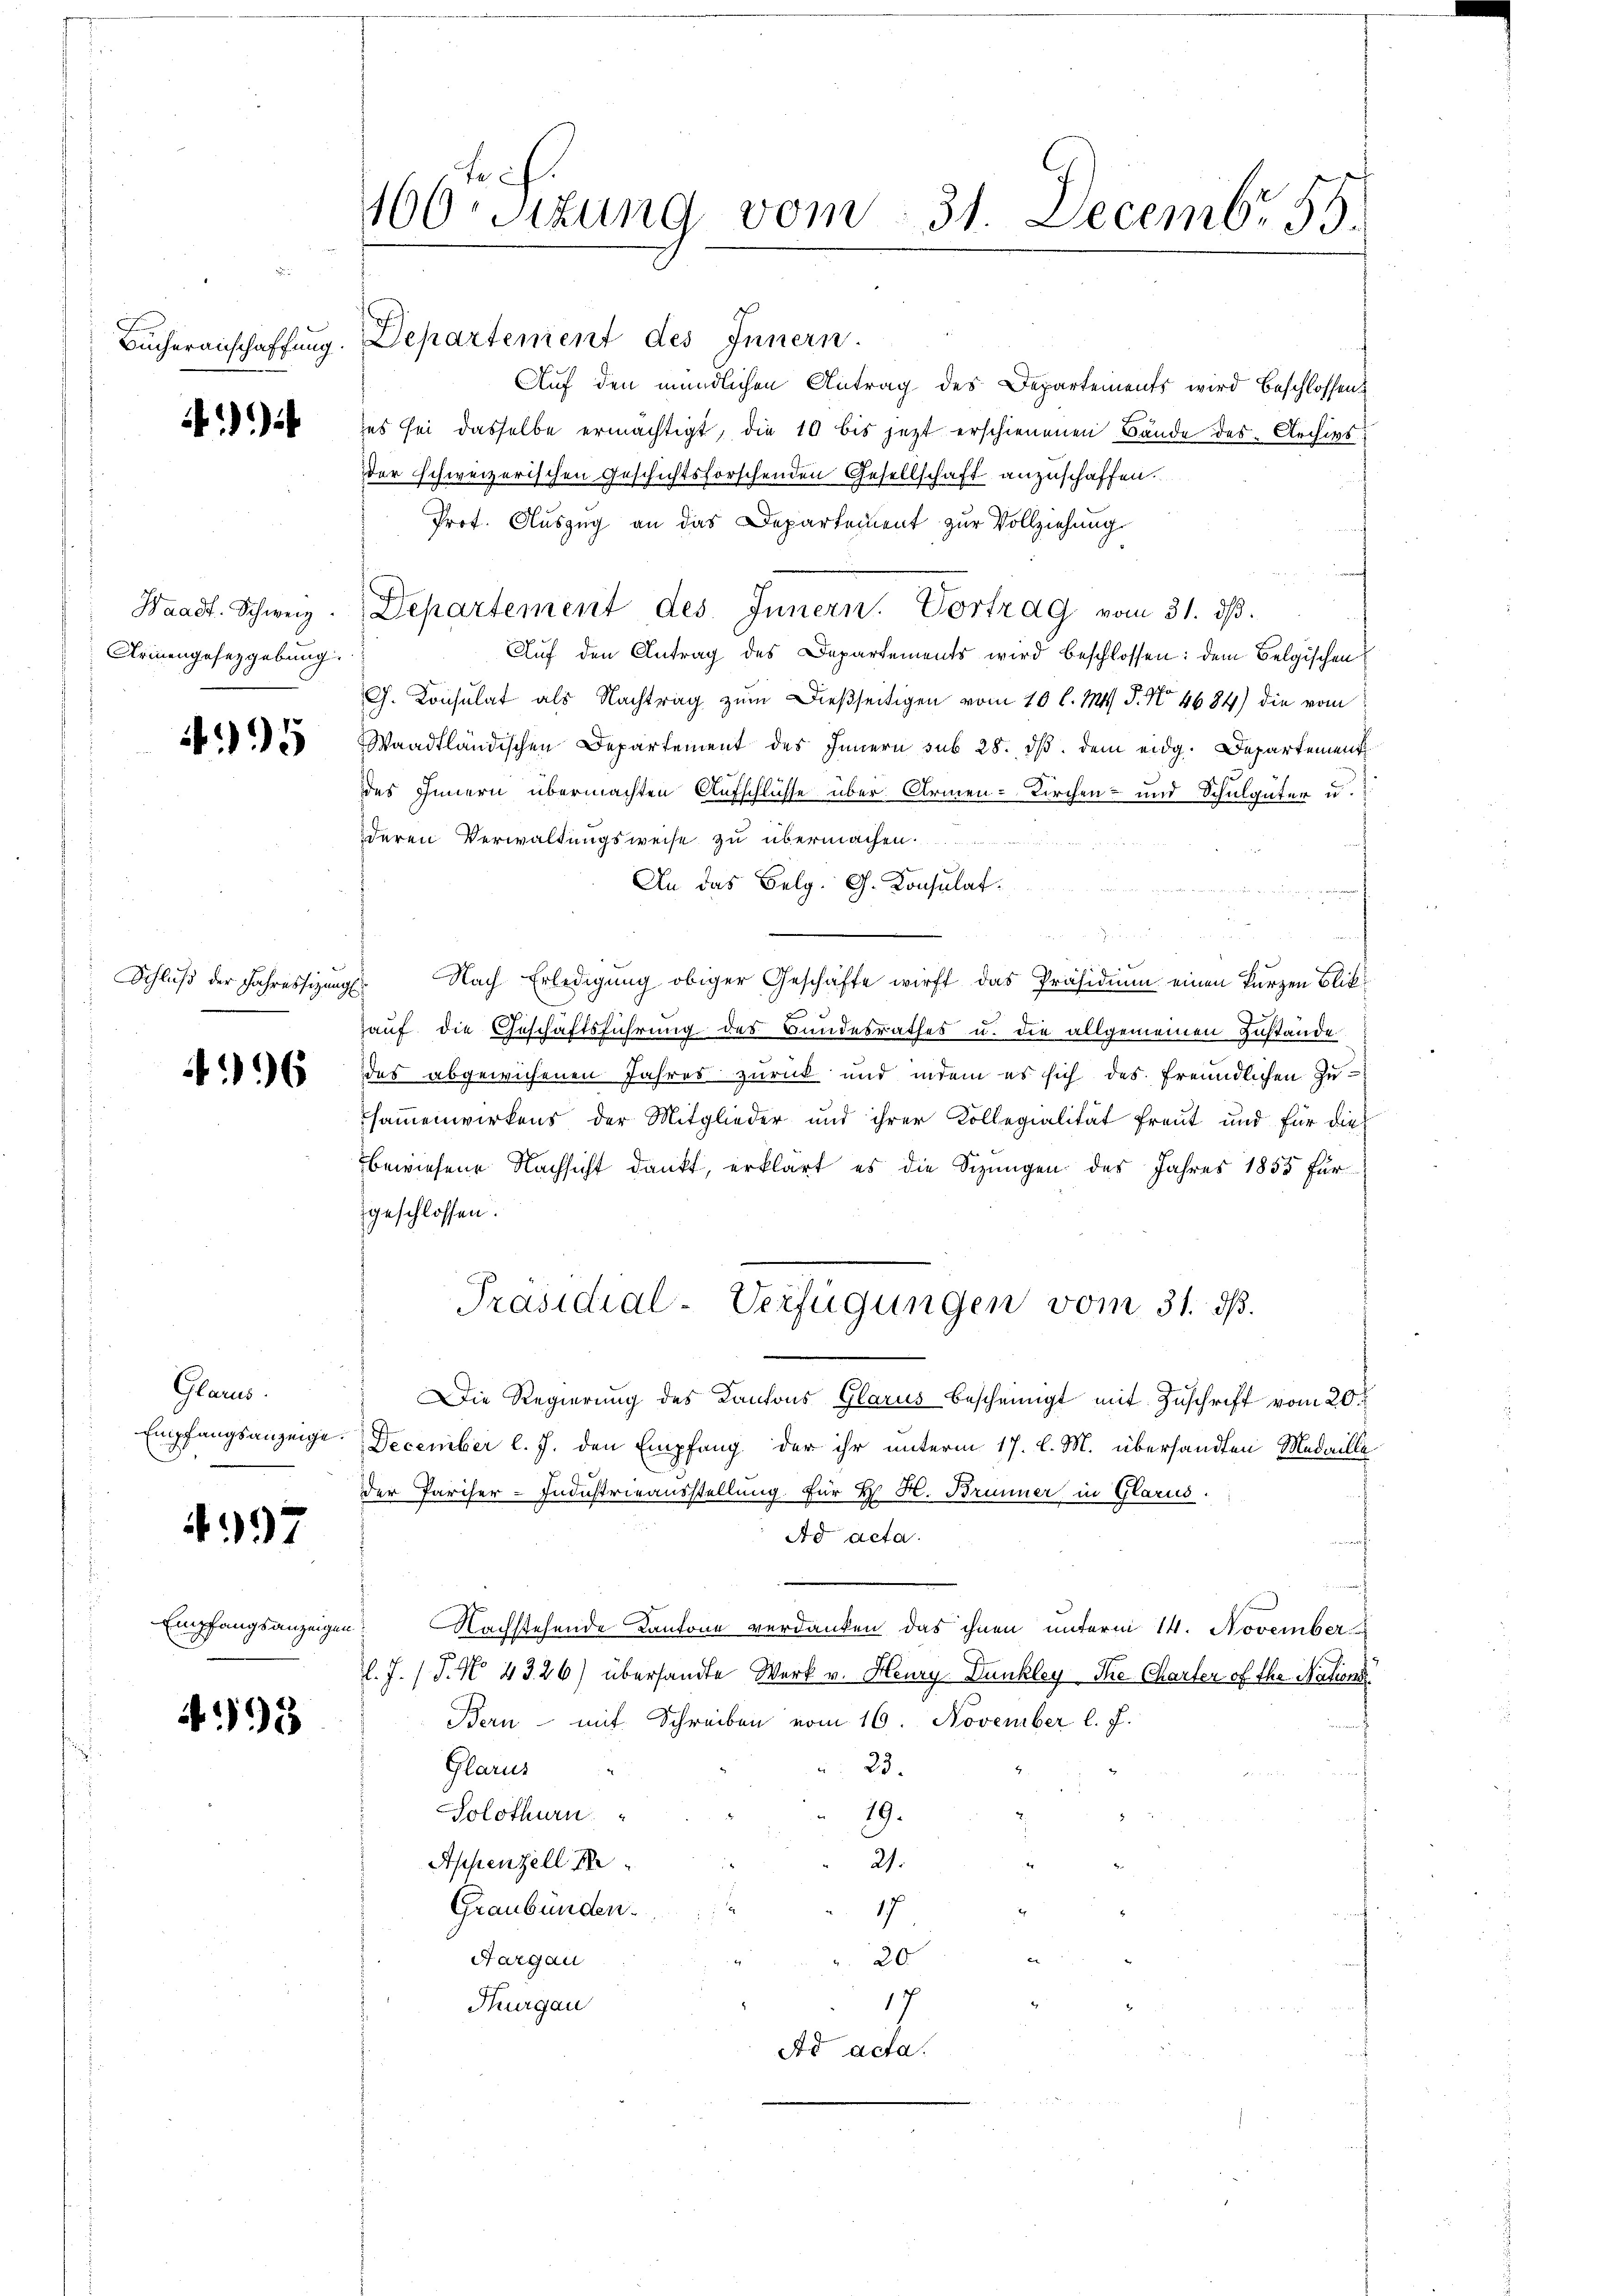
Bücheranschaffung

)

Waadt. Schweiz.
Armengesetzgebung

495

Schluß der Jahressizungs

96

Glarus.
Empfangsanzeige.

197

495

1160 Sizung vom 31. Decembr. 15.

Departement des Innern.
Auf den mündlichen Antrag des Departements wird beschlossen:
es sei dasselbe ermächtigt, die 10 bis jetzt erschienenen Bände des Archivs
der schweizerischen Geschichtsforschenden Gesellschaft anzuschaffen.
Prof. Auszug an das Departement zur Vollziehung
Departement des Innern. Vortrag vom 31. ds.
Auf den Antrag des Departements wird beschlossen: dem Belgischen
G. Consulat als Nachtrag zum Dießseitigen vom 10 l. M. P. No. 4684) die vom
Waadtländischen Departement des Innern sub 28. ds. dem eidg. Departement
ddes Innern übermachten Aufschlüsse über Armen-Kirchen- und Schulgüter u.
deren Verwaltungsweise zu übermachen.
An das Belg. G. Konsulat
¬
Nach Erledigung obiger Geschäfte wirft das Präsidium einen kurzen Blick
auf die Geschäftsführung des Bundesrathes u. die allgemeinen Zustände
des abgewichenen Jahres zurück und indem es sich des freundlichen Zusammenwirkens der Mitglieder und ihrer Kollegialität freut und für dies
bewiesene Nachsicht dankt, erklärt es die Sizungen des Jahres 1858 für
geschlossen.
Präsidial-Verfügungen vom 31. ds.
Die Regierung des Kantons Glarus bescheinigt mit Zuschrift vom 20.
December l. J. den Empfang der ihr unterm 17. l. M. übersandten Medaille
der Pariser-Industrieausstellung. Für H. H. Brunner in Glarus.
Ad acta.
Empfangsanzeigen. Nachstehende Kantone verdanken das ihnen unterm 14. November
l.J. (T. No. 4326) übersandte Werk v. Heury- Dunkley Ihre Charter of the Nations
Bern mit Schreiben vom 16. November l. J.
 23.
Glarus
.
19.
Solothurn
Appenzell I
r
21.
Graubünden.
17
.
20
Aargau
17
Thurgau
Ad acta.